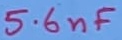
Text: 5.6nF